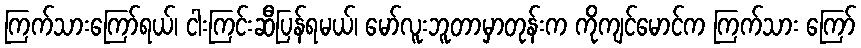
ကြက်သားကြော်ရယ်၊ ငါးကြင်းဆီပြန်ရမယ်၊ မော်လူးဘူတာမှာတုန်းက ကိုကျင်မောင်က ကြက်သား ကြော်